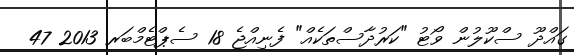
ގައްދޫ ސްކޫލުން ވޯޓު "ކަރުދާސްތަކެއް" ފެނިއްޖެ 18 ސެޕްޓެމްބަރ 2013 47